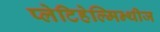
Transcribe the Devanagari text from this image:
प्लेटिहेल्मिन्थीज